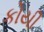
કોયી